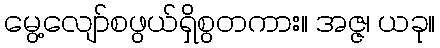
မွေ့လျော်စဖွယ်ရှိစွတကား။ အဇ္ဇ၊ ယခု။